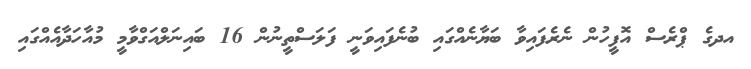
އދގެ ޕްރެސް އޮފީހުން ނެރެފައިވާ ބަޔާނެއްގައި ބުނެފައިވަނީ ފަލަސްތީނުން 16 ބައިނަލްއަގްވާމީ މުއާހަދާއެއްގައި